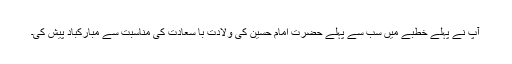
آپ نے پہلے خطبے میں سب سے پہلے حضرت امام حسین کی ولادت با سعادت کی مناسبت سے مبارکباد پیش کی۔